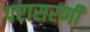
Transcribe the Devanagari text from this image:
परासरणी